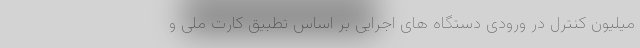
میلیون کنترل در ورودی دستگاه های اجرایی بر اساس تطبیق کارت ملی و